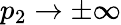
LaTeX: p_{2}\rightarrow\pm\infty